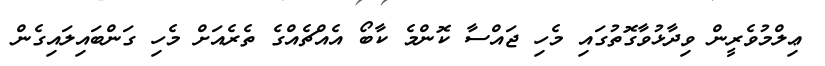
ޢިލްމުވެރީން ވިދާޅުވާގޮތުގައި މެހި ޖައްސާ ކޮންމެ ކާބޯ އެއްޗެއްގެ ތެރެއަށް މެހި ގަންބައިލައިގެން